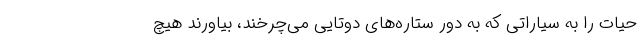
حیات را به سیاراتی که به دور ستاره‌های دوتایی می‌چرخند، بیاورند هیچ